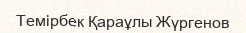
Темірбек Қараұлы Жүргенов